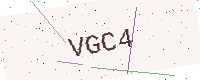
Text: VGC4